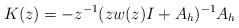
LaTeX: \begin{align*}K(z)=-z^{-1}(zw(z) I + A_h)^{-1}A_h\end{align*}